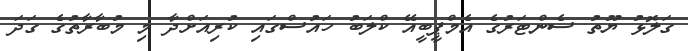
ގަލޮޅު ޔޫތު ސެންޓަރުގެ އެމްޕީބީއޭ ކްލަބު ހައުސްގައި ކުރިއަށްދާ މި މުބާރާތުގެ ގަދަ